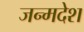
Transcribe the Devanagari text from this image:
जन्मदेश